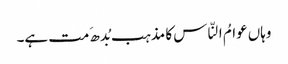
وہاں عوامُ النّاس کا مذہب بُدھ َمت ہے۔